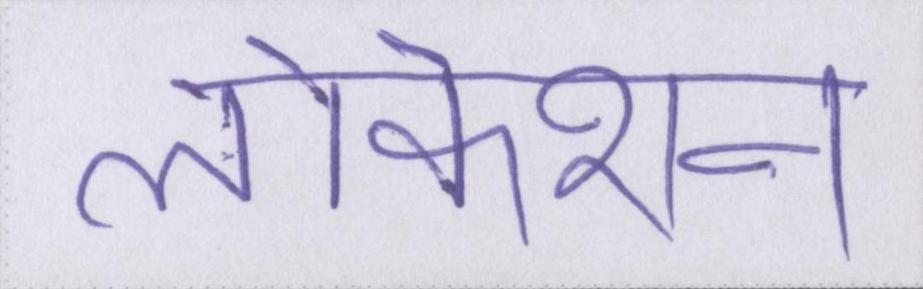
लोकेशन